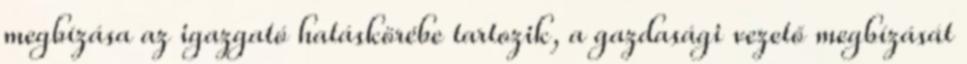
megbízása az igazgató hatáskörébe tartozik, a gazdasági vezető megbízását